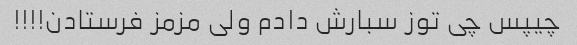
چیپس چی توز سبارش دادم ولی مزمز فرستادن!!!!